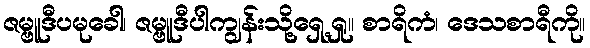
ဇမ္ဗူဒီပမုခေါ၊ ဇမ္ဗူဒီပါကျွန်းသို့ရှေ့ရှု။ စာရိကံ၊ ဒေသစာရီကို။